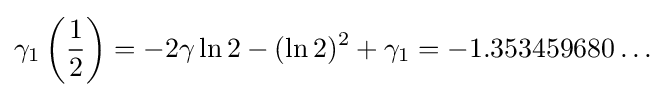
\gamma _{1}\left({\frac {1}{2}}\right)=-2\gamma \ln 2-(\ln 2)^{2}+\gamma _{1}=-1.353459680\ldots